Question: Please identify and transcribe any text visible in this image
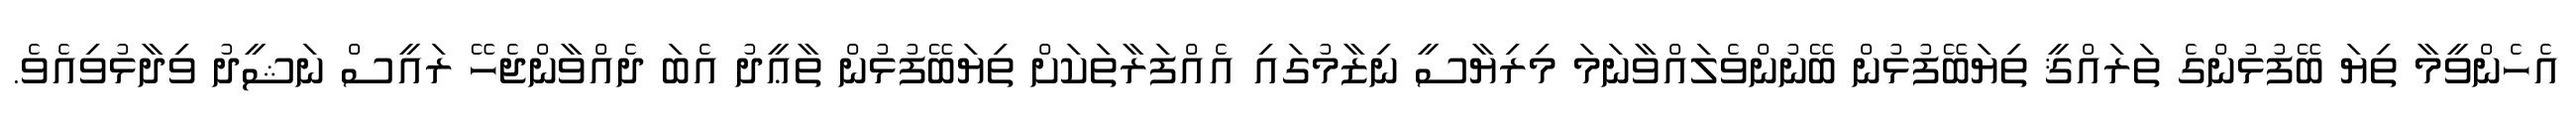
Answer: އެހެންވީމާ ތިޔަ ބޭފުޅުންގެ ތަރައްޤީ ތިޔަބޭފުޅުން ބޭނުންވެލައްވާނަމަ މިރިޔާސީ ނިޒާމުގައި އެއްފަރާތަކަށް ތިޔަބޭފުޅުން ތާޢީދު އެބަ ދެއްވާންޖެހޭ ރައީސް ނަޝީދު ވިދާޅުވިއެވެ.